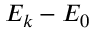
E _ { k } - E _ { 0 }